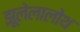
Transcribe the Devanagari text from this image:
झूलेलालोथ